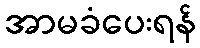
အာမခံပေးရန်